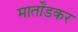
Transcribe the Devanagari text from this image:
मार्तोंडकर